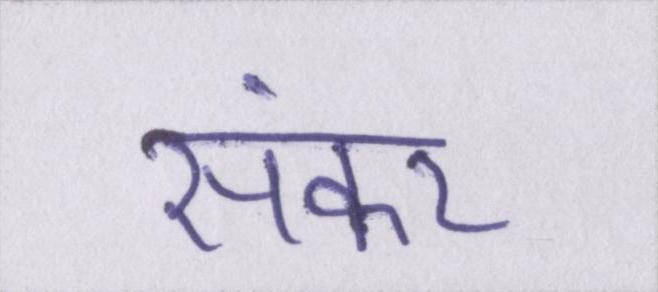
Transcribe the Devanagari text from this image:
संकर